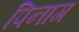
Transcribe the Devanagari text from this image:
पिनाग